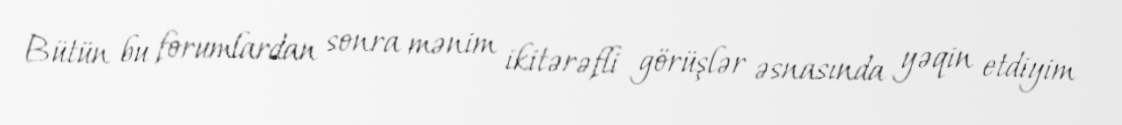
Bütün bu forumlardan sonra mənim ikitərəfli görüşlər əsnasında yəqin etdiyim